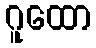
ဂူထော